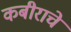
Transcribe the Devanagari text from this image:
कबीराचे